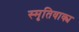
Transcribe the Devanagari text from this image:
स्मृतिवाक्य